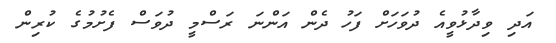
އަދި ވިދާޅުވީއެ ދުވަހަށް ފަހު ދެން އަންނަ ރަސްމީ ދުވަސް ފެށުމުގެ ކުރިން